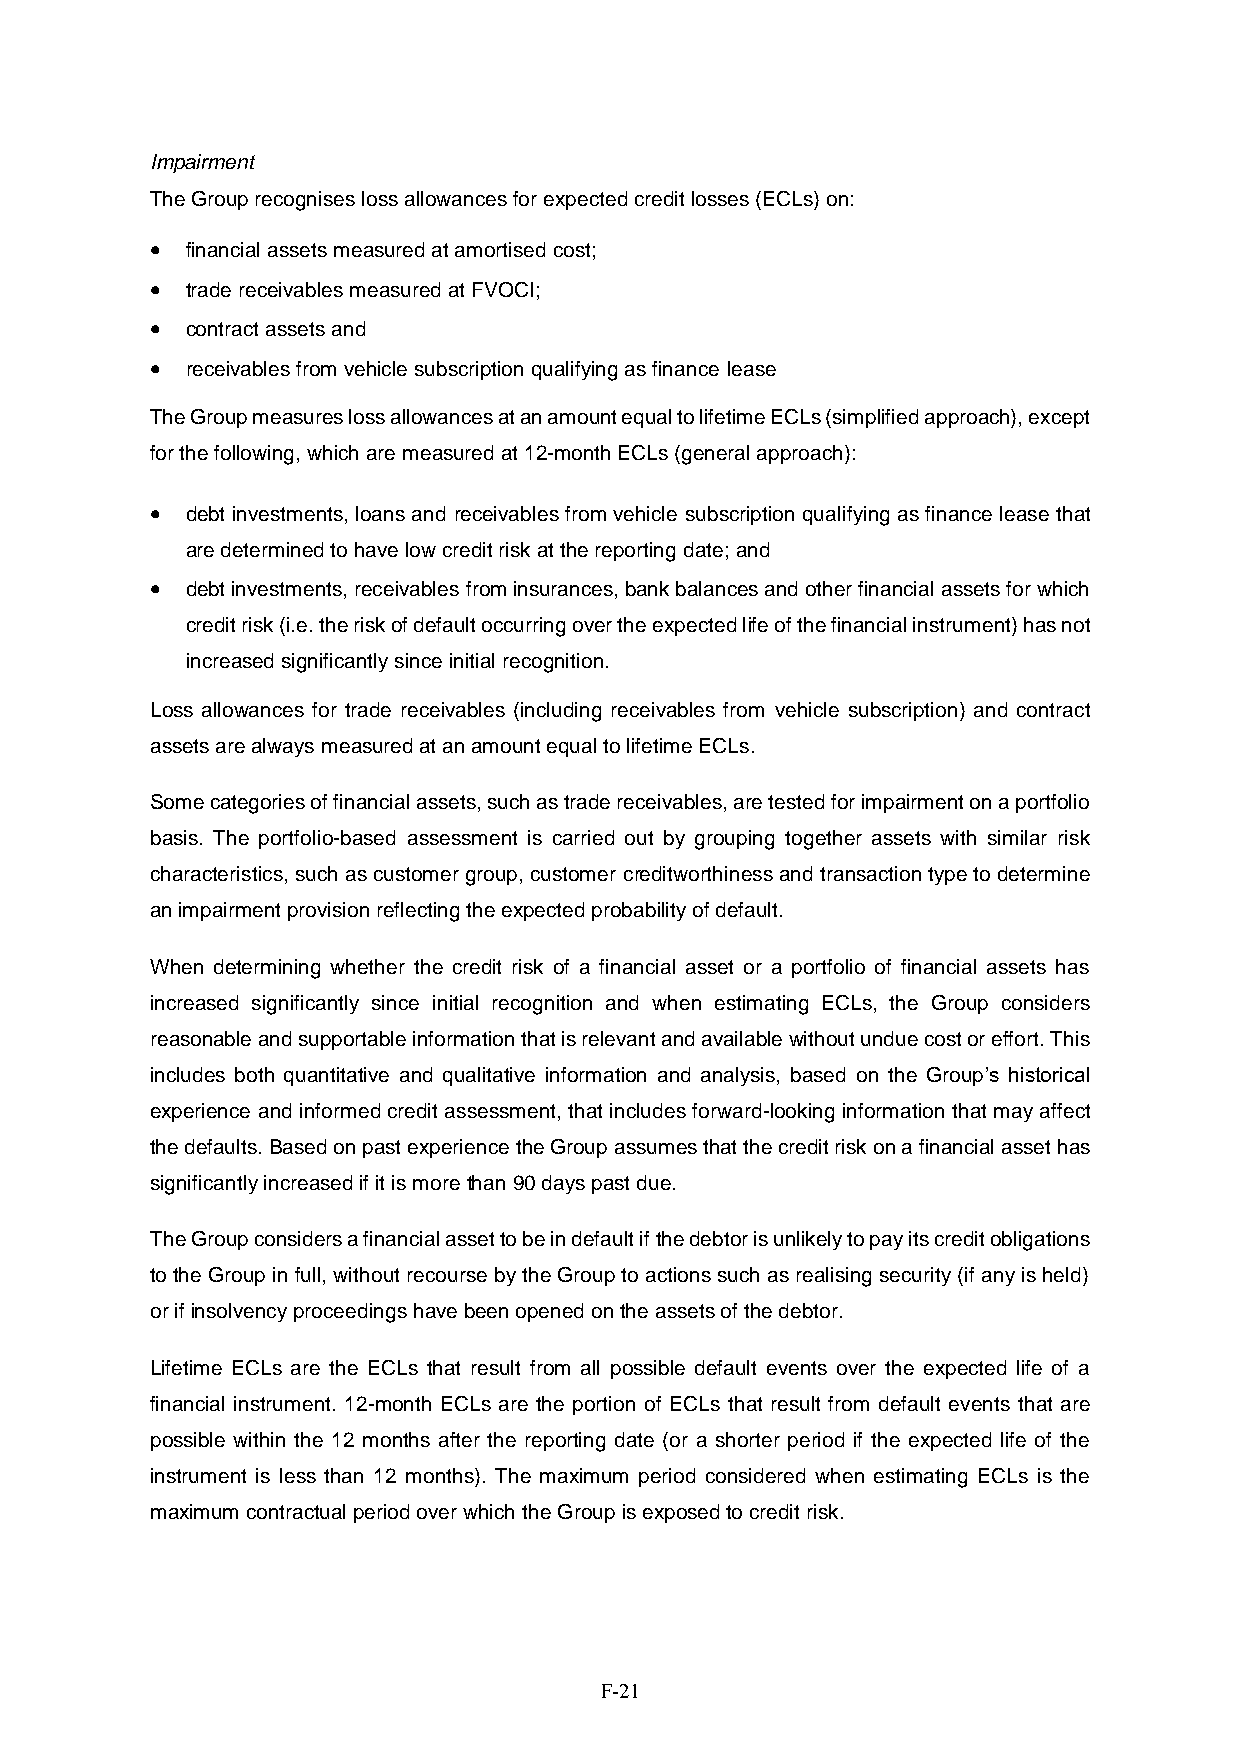
Impairment
 The Group recognises loss allowances for expected credit losses (ECLs) on:
  financial assets measured at amortised cost;
  trade receivables measured at FVOCI;
  contract assets and
  receivables from vehicle subscription qualifying as finance lease
 The Group measures loss allowances at an amount equal to lifetime ECLs (simplified approach), except
 for the following, which are measured at 12-month ECLs (general approach):
  debt investments, loans and receivables from vehicle subscription qualifying as finance lease that
 are determined to have low credit risk at the reporting date; and
  debt investments, receivables from insurances, bank balances and other financial assets for which
 credit risk (i.e. the risk of default occurring over the expected life of the financial instrument) has not
 increased significantly since initial recognition.
 Loss allowances for trade receivables (including receivables from vehicle subscription) and contract
 assets are always measured at an amount equal to lifetime ECLs.
 Some categories of financial assets, such as trade receivables, are tested for impairment on a portfolio
 basis. The portfolio-based assessment is carried out by grouping together assets with similar risk
 characteristics, such as customer group, customer creditworthiness and transaction type to determine
 an impairment provision reflecting the expected probability of default.
 When determining whether the credit risk of a financial asset or a portfolio of financial assets has
 increased significantly since initial recognition and when estimating ECLs, the Group considers
 reasonable and supportable information that is relevant and available without undue cost or effort. This
 includes both quantitative and qualitative information and analysis, based on the Group’s historical
 experience and informed credit assessment, that includes forward-looking information that may affect
 the defaults. Based on past experience the Group assumes that the credit risk on a financial asset has
 significantly increased if it is more than 90 days past due.
 The Group considers a financial asset to be in default if the debtor is unlikely to pay its credit obligations
 to the Group in full, without recourse by the Group to actions such as realising security (if any is held)
 or if insolvency proceedings have been opened on the assets of the debtor.
 Lifetime ECLs are the ECLs that result from all possible default events over the expected life of a
 financial instrument. 12-month ECLs are the portion of ECLs that result from default events that are
 possible within the 12 months after the reporting date (or a shorter period if the expected life of the
 instrument is less than 12 months). The maximum period considered when estimating ECLs is the
 maximum contractual period over which the Group is exposed to credit risk.
 F-21